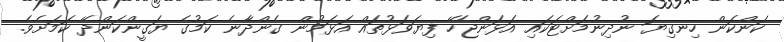
ކަންކަން ހިނގިޔަ ނުދިނުމަށްޓަކައި އަޅަންޖެހޭ ފިޔަވަޅުތައް އަޅަމުން ގެންދާނެ ކަމުގެ ޔަގީންކަންދޭ ކަމަށެވެ.